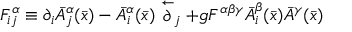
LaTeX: F _ { i j } ^ { \alpha } \equiv \partial _ { i } \bar { A } _ { j } ^ { \alpha } ( \bar { x } ) - \bar { A } _ { i } ^ { \alpha } ( \bar { x } ) \stackrel { \leftarrow } \partial _ { j } + g F ^ { \alpha \beta \gamma } \bar { A } _ { i } ^ { \beta } ( \bar { x } ) \bar { A } ^ { \gamma } ( \bar { x } )